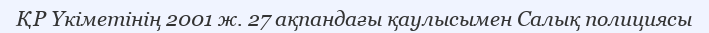
ҚР Үкіметінің 2001 ж. 27 ақпандағы қаулысымен Салық полициясы